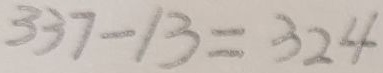
3 3 7 - 1 3 = 3 2 4